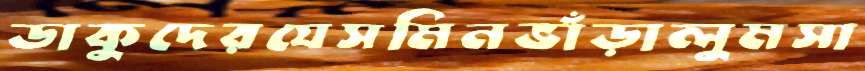
ডাকুদেরযেসমিনভাঁড়ালুমসা